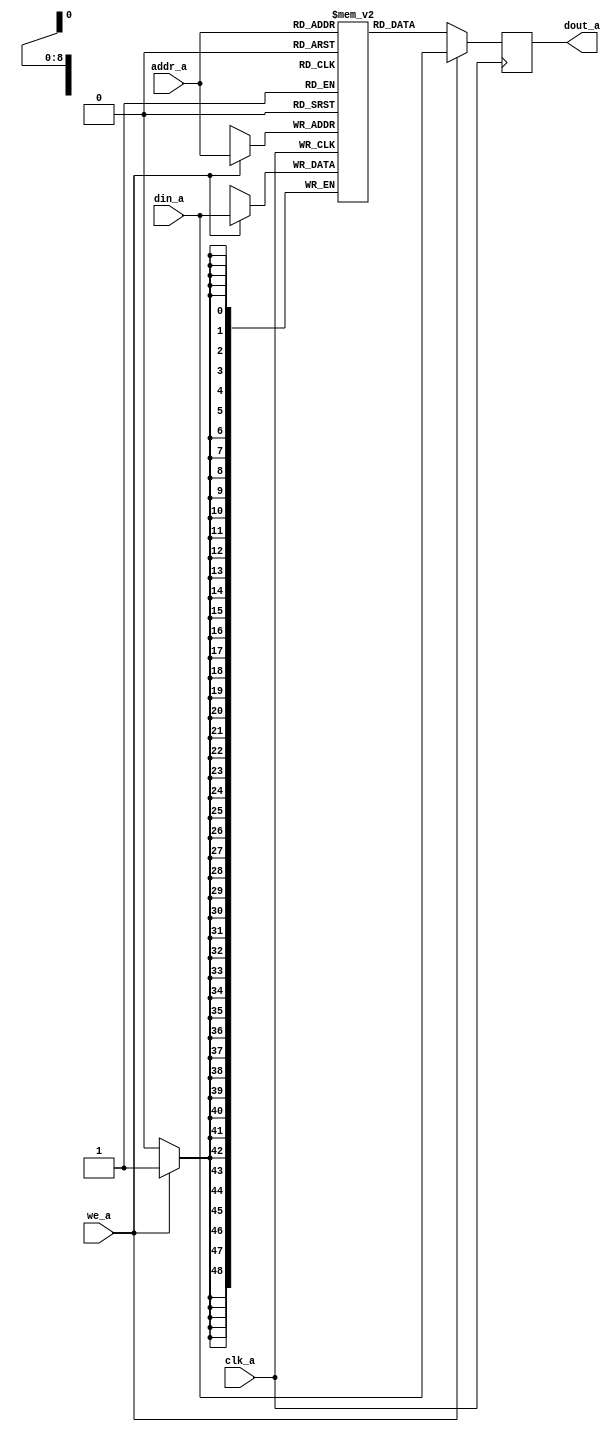
module stock_price_512x49(

   input      [8:0]     addr_a,
   input      [48:0]    din_a,
   output reg [48:0]    dout_a,

   input                clk_a,
   input                we_a

 /*  input      [8:0]     addr_b,
   input      [48:0]    din_b,
   output reg [48:0]    dout_b,

   input                clk_b,
   input                we_b
*/
);


   (* ram_style = "block" *) reg [48:0] ram [0:511];
//   (* ram_style = "auto" *) reg [48:0] ram [0:511];


   //-----------------------
   //    Port A
   //-----------------------
   always@(posedge clk_a) begin
      if (we_a) begin
         ram[addr_a]  <=  din_a;
         dout_a       <=  din_a;
      end
      else
         dout_a       <=  ram[addr_a];
   end
/*
   //-----------------------
   //    Port B
   //-----------------------
   always@(posedge clk_b) begin
      if (we_b) begin
         ram[addr_b]  <=  din_b;
         dout_b       <=  din_b;
      end
      else
         dout_b       <=  ram[addr_b];
   end
*/
endmodule